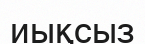
иықсыз